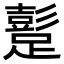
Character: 𨅘